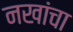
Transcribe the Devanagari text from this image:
नखांचा